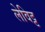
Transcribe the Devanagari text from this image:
लेविट्ट